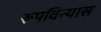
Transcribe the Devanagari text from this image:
रूपविन्यास